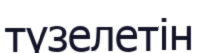
түзелетін